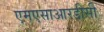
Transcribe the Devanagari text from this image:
एमएसाआरडीसी